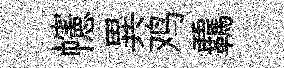
幰異鸡覊